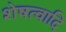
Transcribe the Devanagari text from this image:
शेषत्वादि